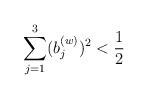
LaTeX: \begin{align*} \sum_{j=1}^3 (b_j^{(w)})^2<\frac12\end{align*}